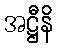
အဋ္ဌီနိ